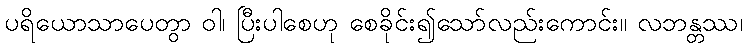
ပရိယောသာပေတွာ ဝါ၊ ပြီးပါစေဟု စေခိုင်း၍သော်လည်းကောင်း။ လဘန္တဿ၊